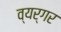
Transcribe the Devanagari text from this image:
व्यर्गर